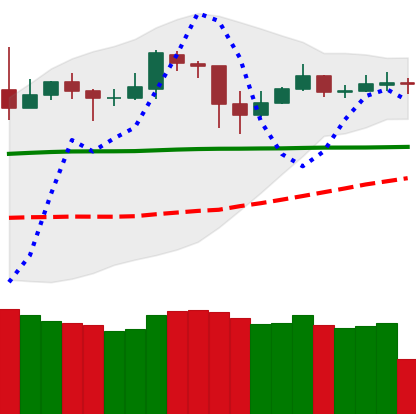
Ticker: DOGE-USD
Chart end date: 2020-05-19
Forward return: -3.152%
Label: down_3_5